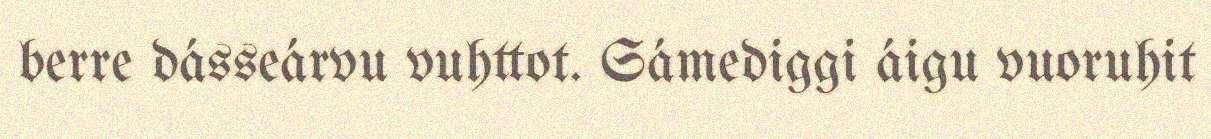
berre dásseárvu vuhttot. Sámediggi áigu vuoruhit